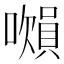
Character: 𧷝